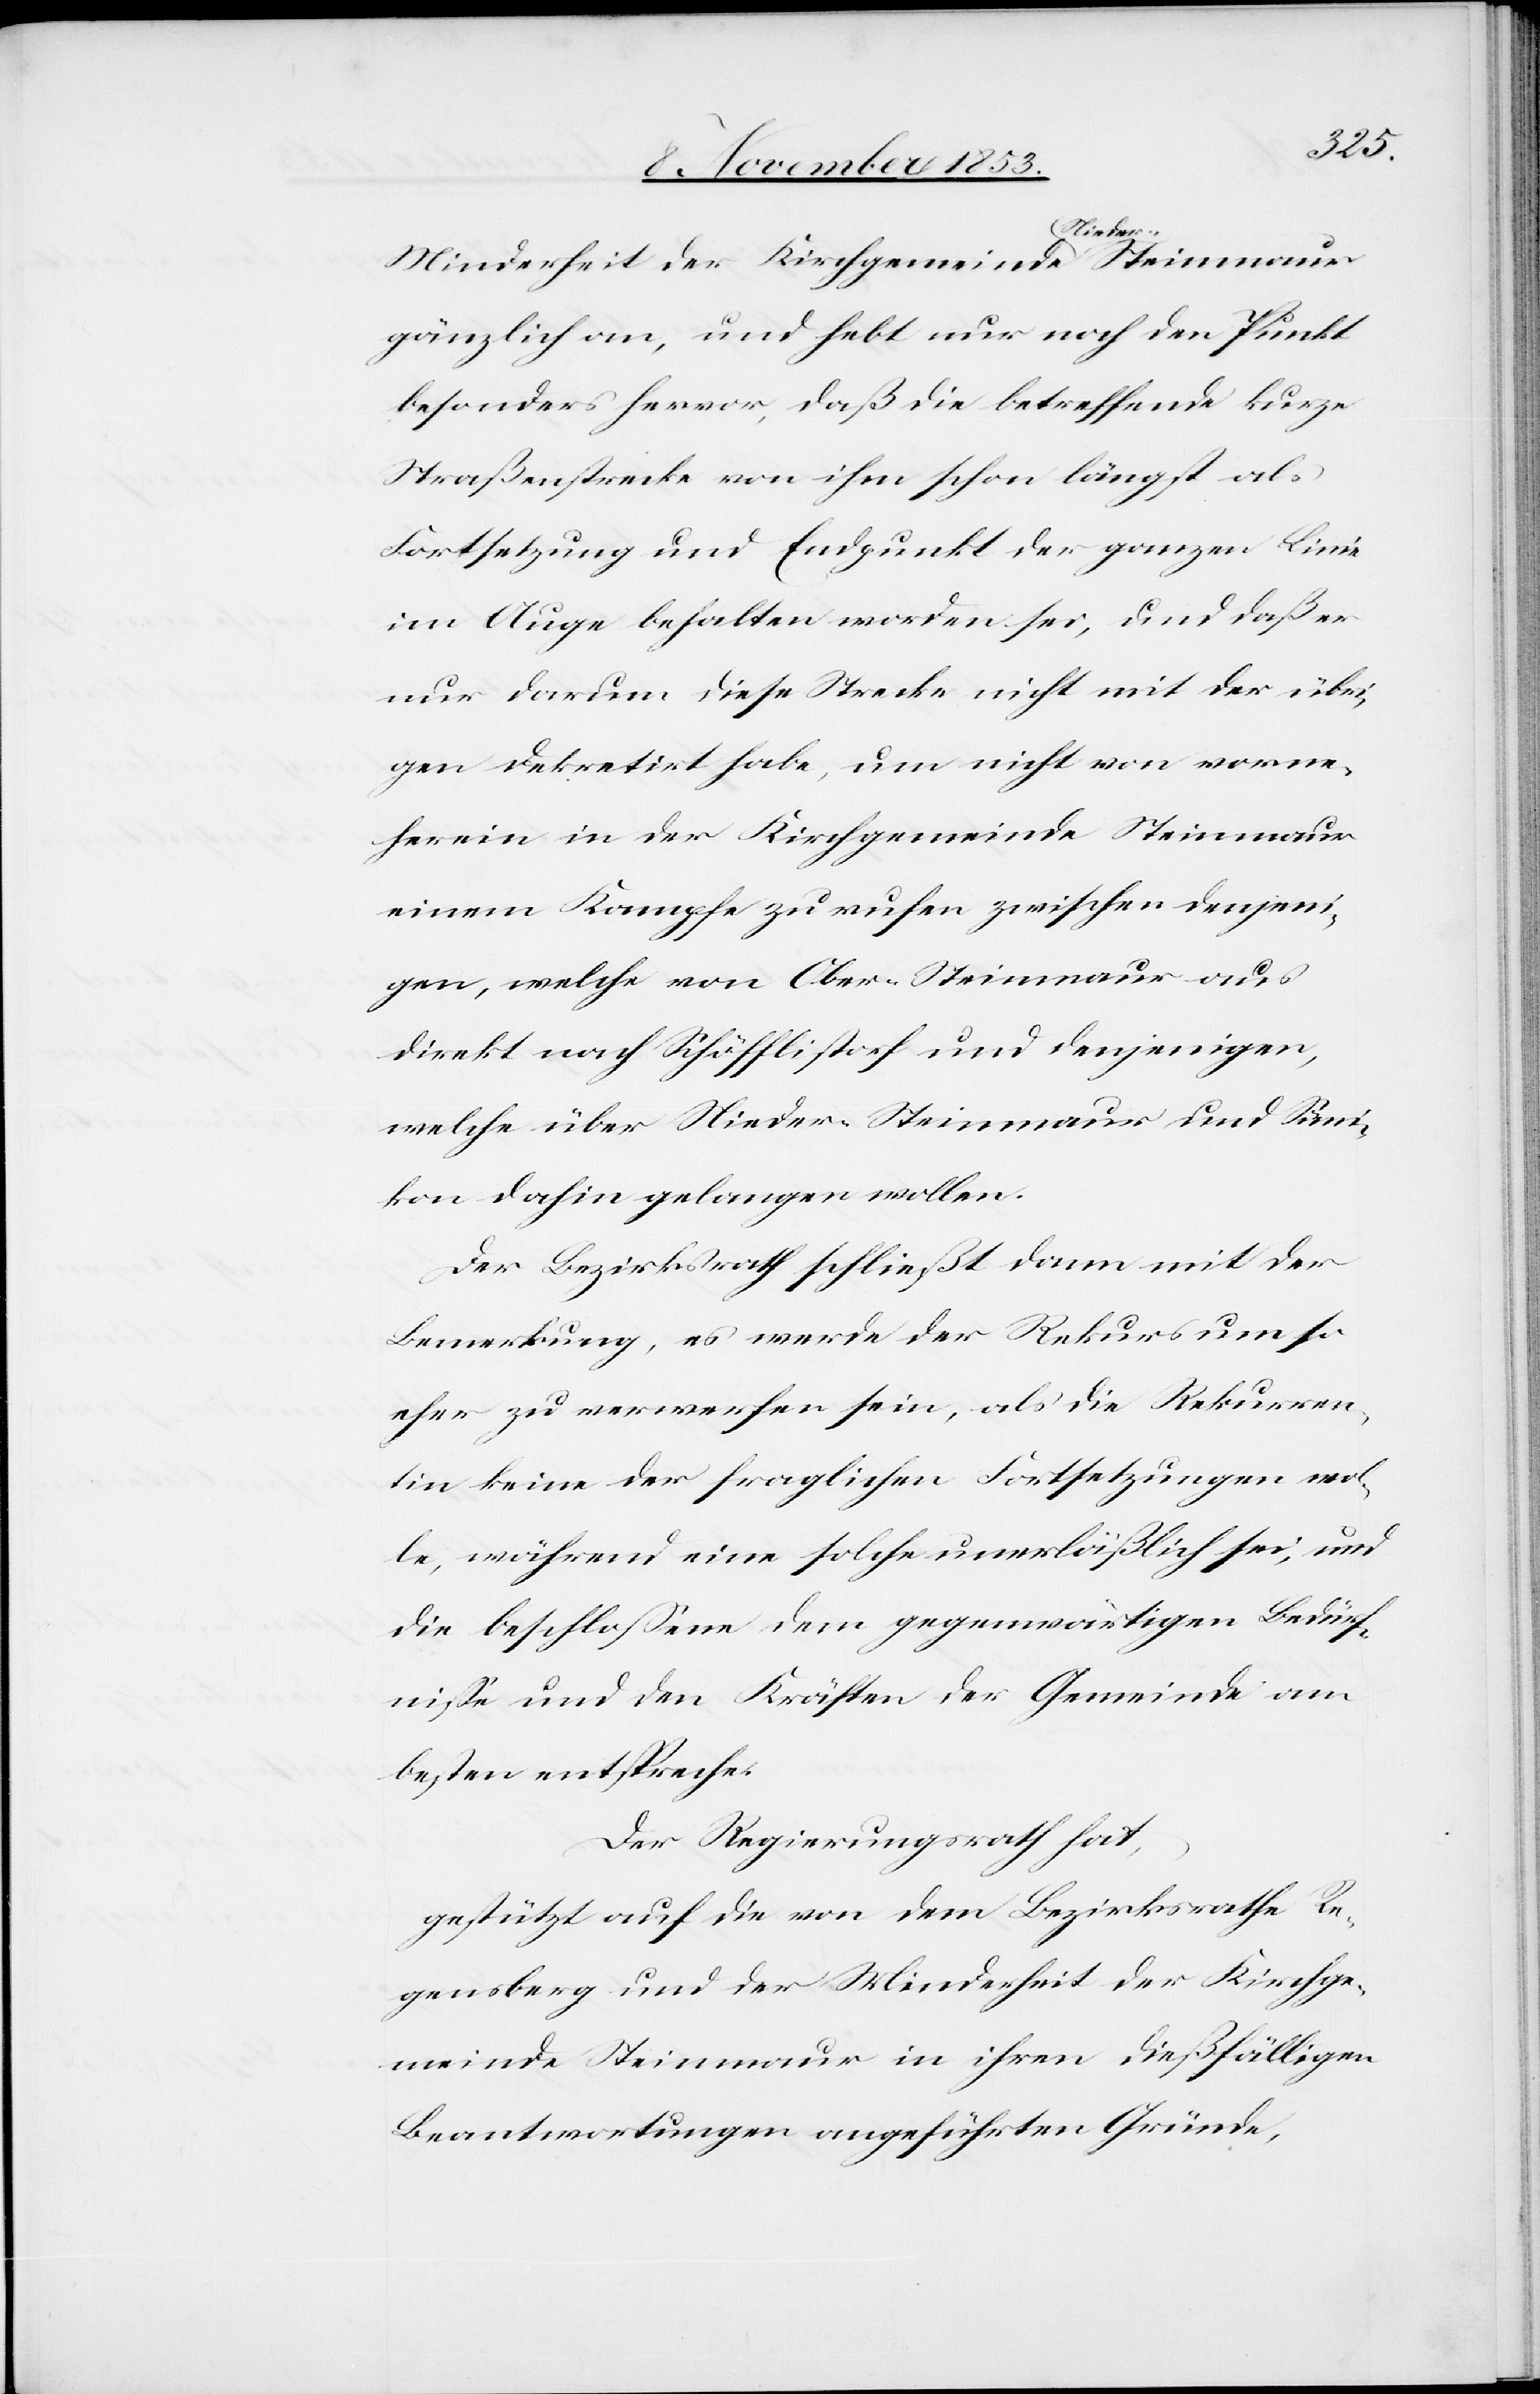
Minderheit der Kirchgemeinde Nieder-Steinmaur
gänzlich an, und hebt nur noch den Punkt
besonders hervor, daß die betreffende kurze
Straßenstrecke von ihm schon längst als
Fortsetzung und Endpunkt der ganzen Linie
im Auge behalten worden sei, und daß er
nur darum diese Strecke nicht mit der übri¬
gen dekretirt habe, um nicht von vorne¬
herein in der Kirchgemeinde Steinmaur
einem Kampfe zu rufen zwischen denjeni¬
gen, welche von Ober-Steinmaur aus
direkt nach Schöfflistorf und denjenigen,
welche über Nieder-Steinmaur und Sümi¬
kon dahin gelangen wollen.
Der Bezirksrath schließt dann mit der
Bewertung, es werde der Rekurs um so
eher zu verwerfen sein, als die Rekurren¬
tin keine der fraglichen Fortsetzungen wol¬
le, während eine solche unerläßlich sei, und
die beschloßene dem gegenwärtigen Bedürf¬
niße und den Kräften der Gemeinde am
besten entspreche.
Der Regierungsrath hat,
gestützt auf die von dem Bezirksrathe Re¬
gensberg und der Minderheit der Kirchge¬
meinde Steinmaur in ihren dießfälligen
Beantwortungen angeführten Gründe,